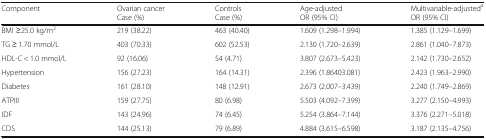
| Component | Ovarian cancerCase (%) | ControlsCase (%) | Age-adjustedOR (95% CI) | Multivariable-adjustedaOR (95% CI) |
 | --- | --- | --- | --- | --- |
 | BMI ≥25.0 kg/m2 | 219 (38.22) | 463 (40.40) | 1.609 (1.298–1.994) | 1.385 (1.129–1.699) |
 | TG ≥ 1.70 mmol/L | 403 (70.33) | 602 (52.53) | 2.130 (1.720–2.639) | 2.861 (1.040–7.873) |
 | HDL-C < 1.0 mmol/L | 92 (16.06) | 54 (4.71) | 3.807 (2.673–5.423) | 2.142 (1.730–2.652) |
 | Hypertension | 156 (27.23) | 164 (14.31) | 2.396 (1.86403.081) | 2.423 (1.963–2.990) |
 | Diabetes | 161 (28.10) | 148 (12.91) | 2.673 (2.007–3.439) | 2.240 (1.749–2.869) |
 | ATPIII | 159 (27.75) | 80 (6.98) | 5.503 (4.092–7.399) | 3.277 (2.150–4.993) |
 | IDF | 143 (24.96) | 74 (6.45) | 5.254 (3.864–7.144) | 3.376 (2.271–5.018) |
 | CDS | 144 (25.13) | 79 (6.89) | 4.884 (3.615–6.598) | 3.187 (2.135–4.756) |